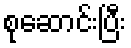
စုဆောင်းပြီး